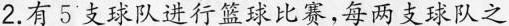
2.有5支球队进行篮球比赛，每两支球队之